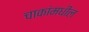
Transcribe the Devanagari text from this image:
चाकांमधील